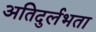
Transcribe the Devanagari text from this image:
अतिदुर्लभता